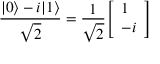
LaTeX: { \frac { | 0 \rangle - i | 1 \rangle } { \sqrt { 2 } } } = { \frac { 1 } { \sqrt { 2 } } } { \left[ \begin{array} { l } { 1 } \\ { - i } \end{array} \right] }